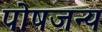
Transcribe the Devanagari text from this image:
पोषजन्य